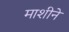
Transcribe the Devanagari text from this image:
माशीने